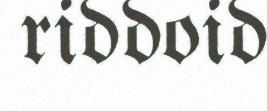
riddoid